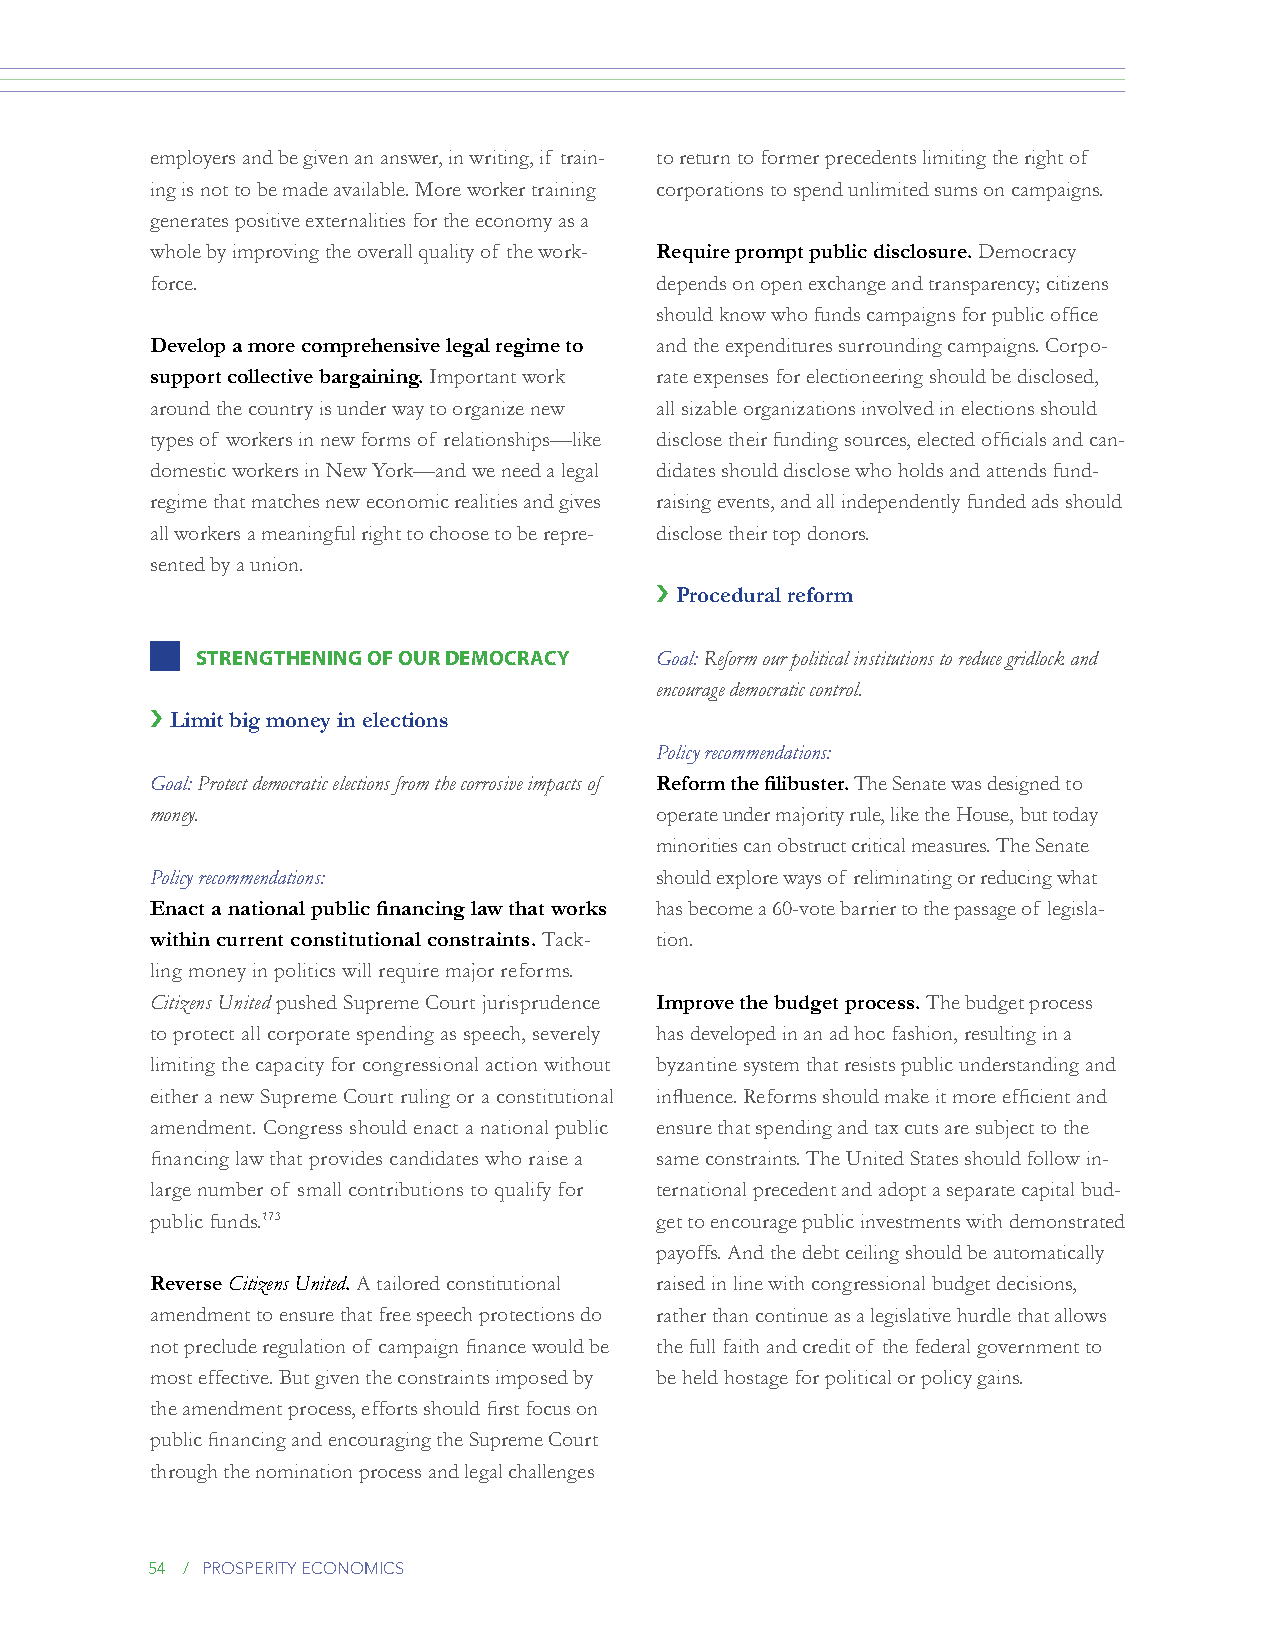
employers and be given an answer, in writing, if train- to return to former precedents limiting the right of
 ing is not to be made available. More worker training corporations to spend unlimited sums on campaigns.
 generates positive externalities for the economy as a
 whole by improving the overall quality of the work- Require prompt public disclosure. Democracy
 force.                           depends on open exchange and transparency; citizens
 should know who funds campaigns for public office
 Develop a more comprehensive legal regime to and the expenditures surrounding campaigns. Corpo-
 support collective bargaining. Important work rate expenses for electioneering should be disclosed,
 around the country is under way to organize new all sizable organizations involved in elections should
 types of workers in new forms of relationships—like disclose their funding sources, elected officials and can-
 domestic workers in New York—and we need a legal didates should disclose who holds and attends fund-
 regime that matches new economic realities and gives raising events, and all independently funded ads should
 all workers a meaningful right to choose to be repre- disclose their top donors.
 sented by a union.
 › Procedural reform
 sTRENgThENiNg OF OuR dEmOCRACy Goal: Reform our political institutions to reduce gridlock and
 encourage democratic control.
 › Limit big money in elections
 Policy recommendations:
 Goal: Protect democratic elections from the corrosive impacts of Reform the filibuster. The Senate was designed to
 money.                           operate under majority rule, like the House, but today
 minorities can obstruct critical measures. The Senate
 Policy recommendations:          should explore ways of reliminating or reducing what
 Enact a national public financing law that works has become a 60-vote barrier to the passage of legisla-
 within current constitutional constraints. Tack- tion.
 ling money in politics will require major reforms.
 Citizens United pushed Supreme Court jurisprudence Improve the budget process. The budget process
 to protect all corporate spending as speech, severely has developed in an ad hoc fashion, resulting in a
 limiting the capacity for congressional action without byzantine system that resists public understanding and
 either a new Supreme Court ruling or a constitutional influence. Reforms should make it more efficient and
 amendment. Congress should enact a national public ensure that spending and tax cuts are subject to the
 financing law that provides candidates who raise a same constraints. The United States should follow in-
 large number of small contributions to qualify for ternational precedent and adopt a separate capital bud-
 public funds.173                 get to encourage public investments with demonstrated
 payoffs. And the debt ceiling should be automatically
 Reverse Citizens United. A tailored constitutional raised in line with congressional budget decisions,
 amendment to ensure that free speech protections do rather than continue as a legislative hurdle that allows
 not preclude regulation of campaign finance would be the full faith and credit of the federal government to
 most effective. But given the constraints imposed by be held hostage for political or policy gains.
 the amendment process, efforts should first focus on
 public financing and encouraging the Supreme Court
 through the nomination process and legal challenges
 54 / prosperity economics